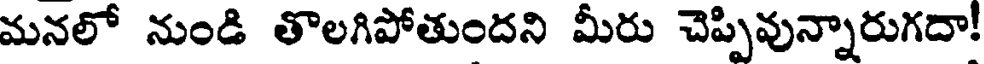
మనలో నుండి తొలగిపోతుందని మీరు చెప్పివున్నారుగదా!